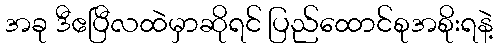
အခု ဒီဧပြီလထဲမှာဆိုရင် ပြည်ထောင်စုအစိုးရနဲ့